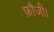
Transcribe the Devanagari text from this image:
फ़ौजी।